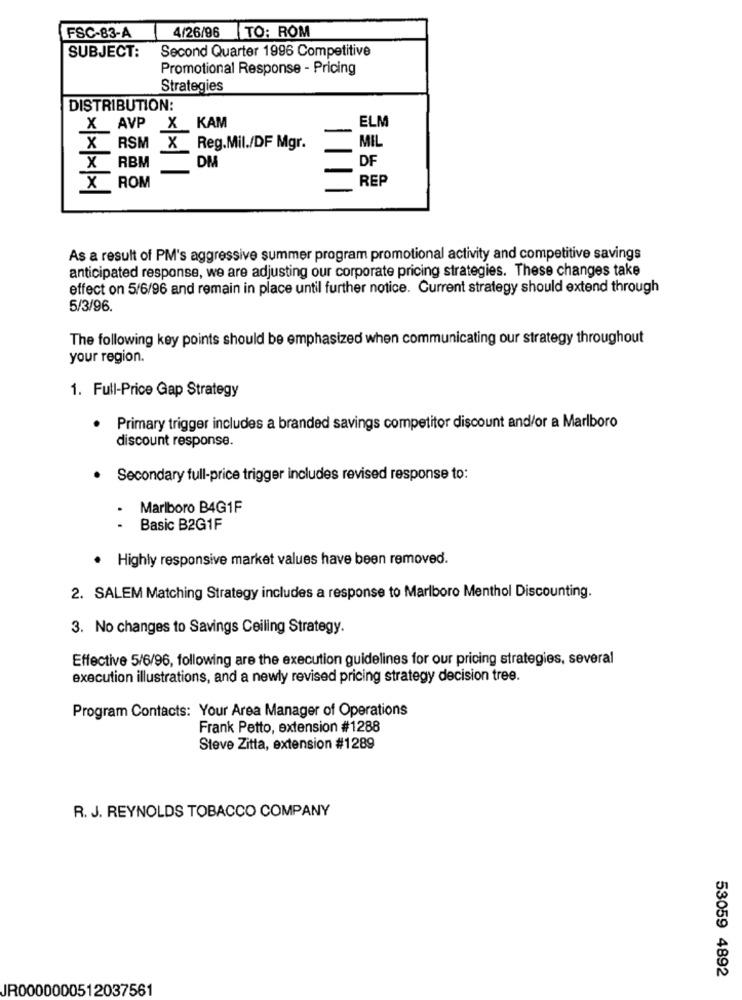
4/26/96 TO: ROM
FSC-83-A
SUBJECT:
Second Quarter 1996 Competitive
Promotional Response - Pricing
Strategies
DISTRIBUTION:
ELM
X AVP X KAM
X RSM X Reg.Mil./DF Mgr.
MIL
X
DF
RBM
DM
REP
X ROM
As a result of PM's aggressive summer program promotional activity and competitive savings
anticipated response, we are adjusting our corporate pricing strategies. These changes take
effect on 5/6/96 and remain in place until further notice. Current strategy should extend through
5/3/96.
The following key points should be emphasized when communicating our strategy throughout
your region.
1. Full-Price Gap Strategy
Primary trigger includes a branded savings competitor discount and/or a Marlboro
discount response.
Secondary full-price trigger includes revised response to:
Marlboro B4G1F
.
Basic B2G1F
· Highly responsive market values have been removed.
2. SALEM Matching Strategy includes a response to Marlboro Menthol Discounting.
3. No changes to Savings Ceiling Strategy.
Effective 5/6/96, following are the execution guidelines for our pricing strategies, several
execution illustrations, and a newly revised pricing strategy decision tree.
Program Contacts: Your Area Manager of Operations
Frank Petto, extension #1288
Steve Zitta, extension #1289
R. J. REYNOLDS TOBACCO COMPANY
53059 4892
JR0000000512037561